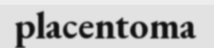
placentoma